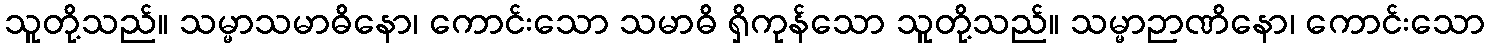
သူတို့သည်။ သမ္မာသမာဓိနော၊ ကောင်းသော သမာဓိ ရှိကုန်သော သူတို့သည်။ သမ္မာဉာဏိနော၊ ကောင်းသော